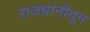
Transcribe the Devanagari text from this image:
राजधांनीतून